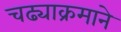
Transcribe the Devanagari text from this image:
चढ्याक्रमाने